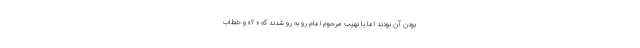
بودن آن بودند اما با نهیب مرحوم امام رو به رو شدند که « ؟» و خطاب